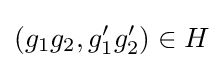
(g_{1}g_{2},g_{1}'g_{2}')\in H